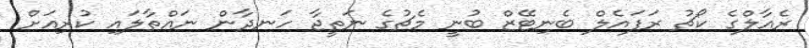
ރެއާލްގެ ކޯޗު ރަފައެލް ބެނިޓޭޒް ބުނީ މެޗުގެ ނަތީޖާ ހަނދާން ނައްތާލައި ކުރިއަށް